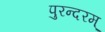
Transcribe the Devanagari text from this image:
पुरन्दरम्